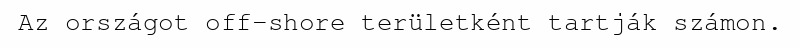
Az országot off-shore területként tartják számon.